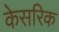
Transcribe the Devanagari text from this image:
केसरिक